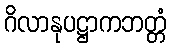
ဂိလာနုပဋ္ဌာကဘတ္တံ